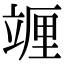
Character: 竰